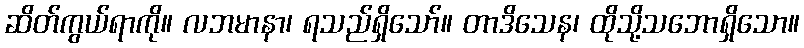
ဆိတ်ကွယ်ရာကို။ လဘမာနာ၊ ရသည်ရှိသော်။ တာဒိသေန၊ ထိုသို့သဘောရှိသော။